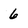
Character: 6